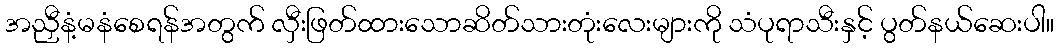
အညှီနံ့မနံစေရန်အတွက် လှီးဖြတ်ထားသောဆိတ်သားတုံးလေးများကို သံပုရာသီးနှင့် ပွတ်နယ်ဆေးပါ။